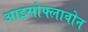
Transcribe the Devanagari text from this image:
आइसोफ्लावोन